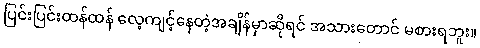
ပြင်းပြင်းထန်ထန် လေ့ကျင့်နေတဲ့အချိန်မှာဆိုရင် အသားတောင် မစားရဘူး။